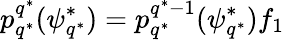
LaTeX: p_{q^{*}}^{q^{*}}(\psi_{q^{*}}^{*})=p_{q^{*}}^{q^{*}-1}(\psi_{q^{*}}^{*})f_{1}